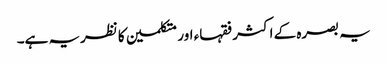
یہ بصرہ کے اکثر فقہاء اور متکلمین کا نظریہ ہے۔